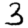
Digit: 3